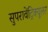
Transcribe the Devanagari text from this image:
सुपरावेंट्रिक्यूलर